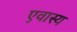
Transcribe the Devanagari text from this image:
एवास्य